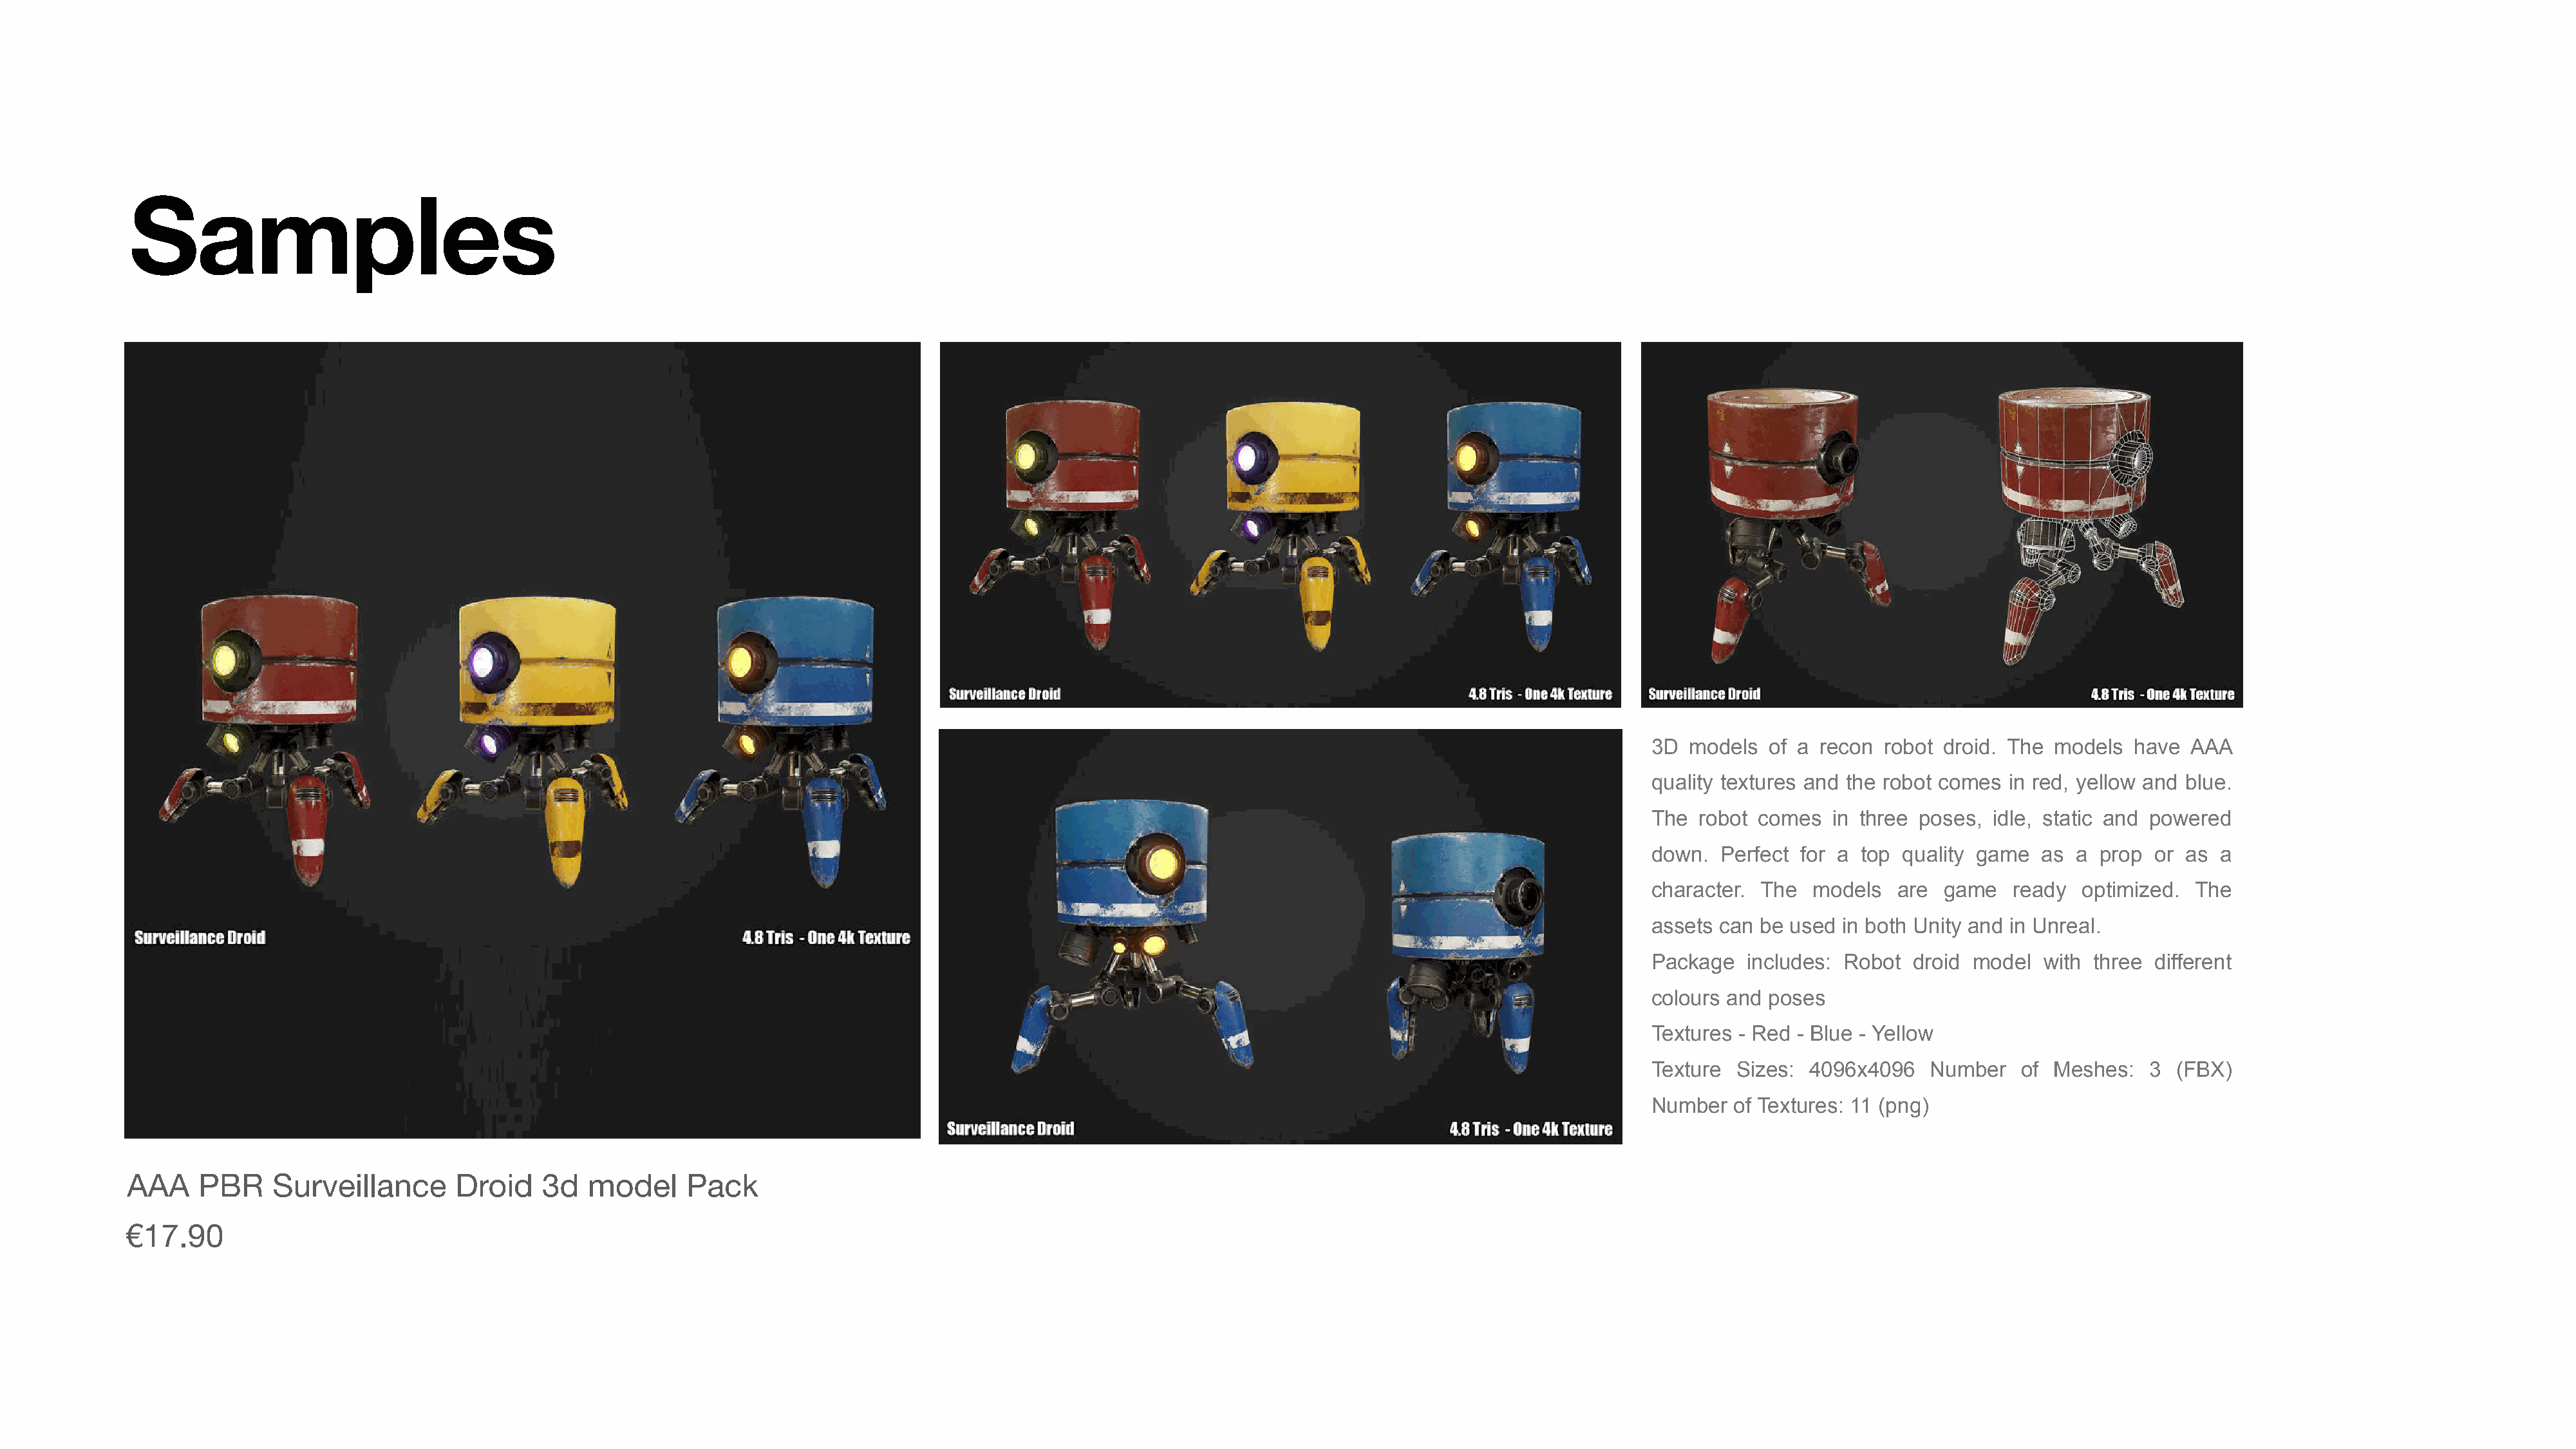
Samples
 3D  models  of a recon  robot droid. The models  have  AAA
 quality textures and the robot comes in red, yellow and blue.
 The  robot comes  in three poses,  idle, static and powered
 down.  Perfect for a top  quality game  as a  prop  or as a
 character. The  models   are  game   ready  optimized.  The
 assets can be used in both Unity and in Unreal.
 Package   includes: Robot  droid model  with three  different
 colours and poses
 Textures - Red - Blue - Yellow
 Texture  Sizes: 4096x4096   Number    of Meshes:   3  (FBX)
 Number  of Textures: 11 (png)
 AAA    PBR     Surveillance       Droid    3d  model      Pack
 €17.90